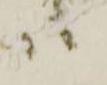
ハ